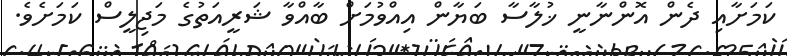
ކަމަށާއި ދެން އޮންނާނީ ޚުލާސާ ބަޔާން އިއްވުމަށް ބާއްވާ ޝަރީއަތުގެ މަޖިލީސް ކަމަށެވެ.